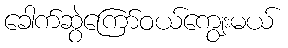
ခေါက်ဆွဲကြော်ဝယ်ကျွေးမယ်